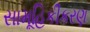
સામૂહિકીકરણ